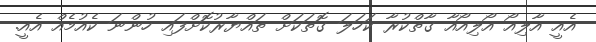
އެއީ އާލިއޯ އޯލިއޯއާ ގާތްކުރާ ކަހަލަ ގޮތަކަށް ތައްޔާރުކޮށްފައި ހުންނަ ކެއުމެއް އެއީ.